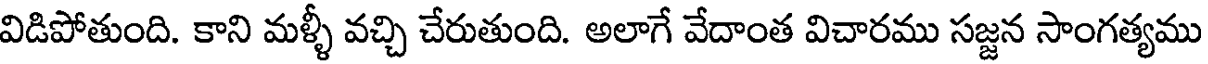
విడిపోతుంది. కాని మళ్ళీ వచ్చి చేరుతుంది. అలాగే వేదాంత విచారము సజ్జన సాంగత్యము